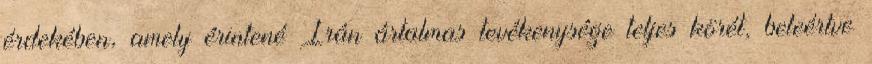
érdekében, amely érintené Irán ártalmas tevékenysége teljes körét, beleértve